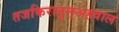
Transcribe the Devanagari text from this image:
तजकिरातुल्अहवाल